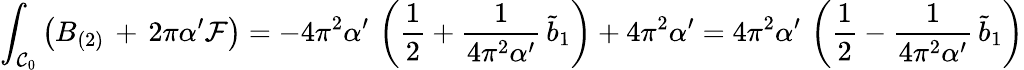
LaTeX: \int_{{\cal C}_{0}}\left(B_{(2)}\, +\, 2\pi\alpha^{\prime}{\cal F}\right)=-4\pi^{2}\alpha^{\prime}\, \left(\frac{1}{2}+\frac{1}{4\pi^{2}\alpha^{\prime}}\, \tilde{b}_{1}\right)+4\pi^{2}\alpha^{\prime}=4\pi^{2}\alpha^{\prime}\, \left(\frac{1}{2}-\frac{1}{4\pi^{2}\alpha^{\prime}}\, \tilde{b}_{1}\right)